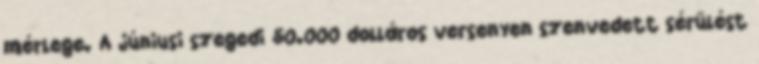
mérlege. A júniusi szegedi 50.000 dolláros versenyen szenvedett sérülést